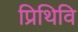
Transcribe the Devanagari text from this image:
प्रिथिवि